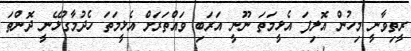
ރީތިވާނީ މިހުން އޮލިފަ އެޅީމަތަ ނޫނީ އަރަބި ވައްތަރަށް އެޅީމަތަ ހެދުމާގުޅޭނީ ދޮންތަ